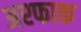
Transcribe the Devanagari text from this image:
अश्फाक